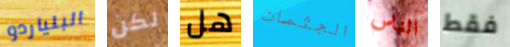
البلياردو لكن هل الجثمان الناس فقط